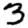
Digit: 3